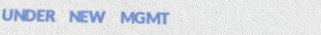
UNDER NEW MGMT